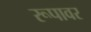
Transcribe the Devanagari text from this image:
रूपावर